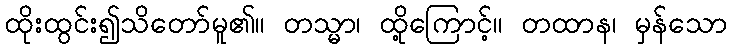
ထိုးထွင်း၍သိတော်မူ၏။ တသ္မာ၊ ထို့ကြောင့်။ တထာန၊ မှန်သော